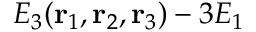
E _ { 3 } ( \mathbf { r } _ { 1 } , \mathbf { r } _ { 2 } , \mathbf { r } _ { 3 } ) - 3 E _ { 1 }